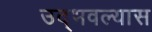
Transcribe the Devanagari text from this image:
उद्भवल्यास